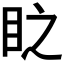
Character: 𭾣